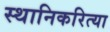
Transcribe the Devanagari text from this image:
स्थानिकरित्या